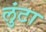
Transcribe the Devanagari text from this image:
लुंटा